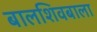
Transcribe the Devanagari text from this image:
बालशिवबाला